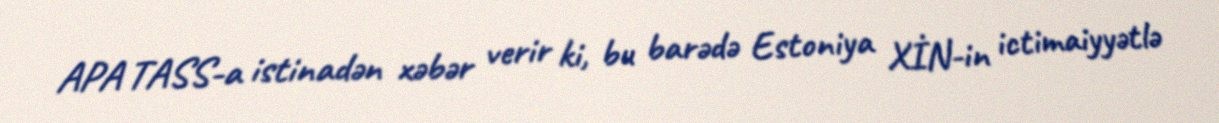
APA TASS-a istinadən xəbər verir ki, bu barədə Estoniya XİN-in ictimaiyyətlə